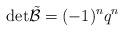
LaTeX: \begin{align*}\mathrm{det} \tilde{\mathcal{B}}=(-1)^{n}q^{n}\end{align*}